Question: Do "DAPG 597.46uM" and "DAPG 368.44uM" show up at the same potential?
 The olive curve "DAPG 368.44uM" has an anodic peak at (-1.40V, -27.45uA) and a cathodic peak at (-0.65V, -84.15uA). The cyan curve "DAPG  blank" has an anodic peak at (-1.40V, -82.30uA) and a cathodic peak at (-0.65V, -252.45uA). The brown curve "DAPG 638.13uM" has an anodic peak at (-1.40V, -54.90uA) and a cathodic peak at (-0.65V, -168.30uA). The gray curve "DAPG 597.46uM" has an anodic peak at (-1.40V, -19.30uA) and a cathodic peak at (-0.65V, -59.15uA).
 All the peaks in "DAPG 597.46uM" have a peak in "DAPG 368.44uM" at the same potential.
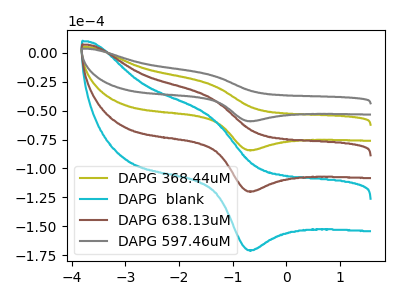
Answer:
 <answer>"DAPG 597.46uM" and "DAPG 368.44uM" are similar in shape.</answer>
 <eval>same_shape</eval>